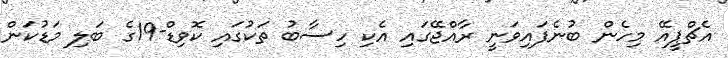
އެޗްޕީއޭ މިހެން ބުނެފައިވަނީ ރާއްޖޭގައި އެކި ހިސާބު ތަކުގައި ކޮވިޑް-19ގެ ބަލި މަޑުކަން